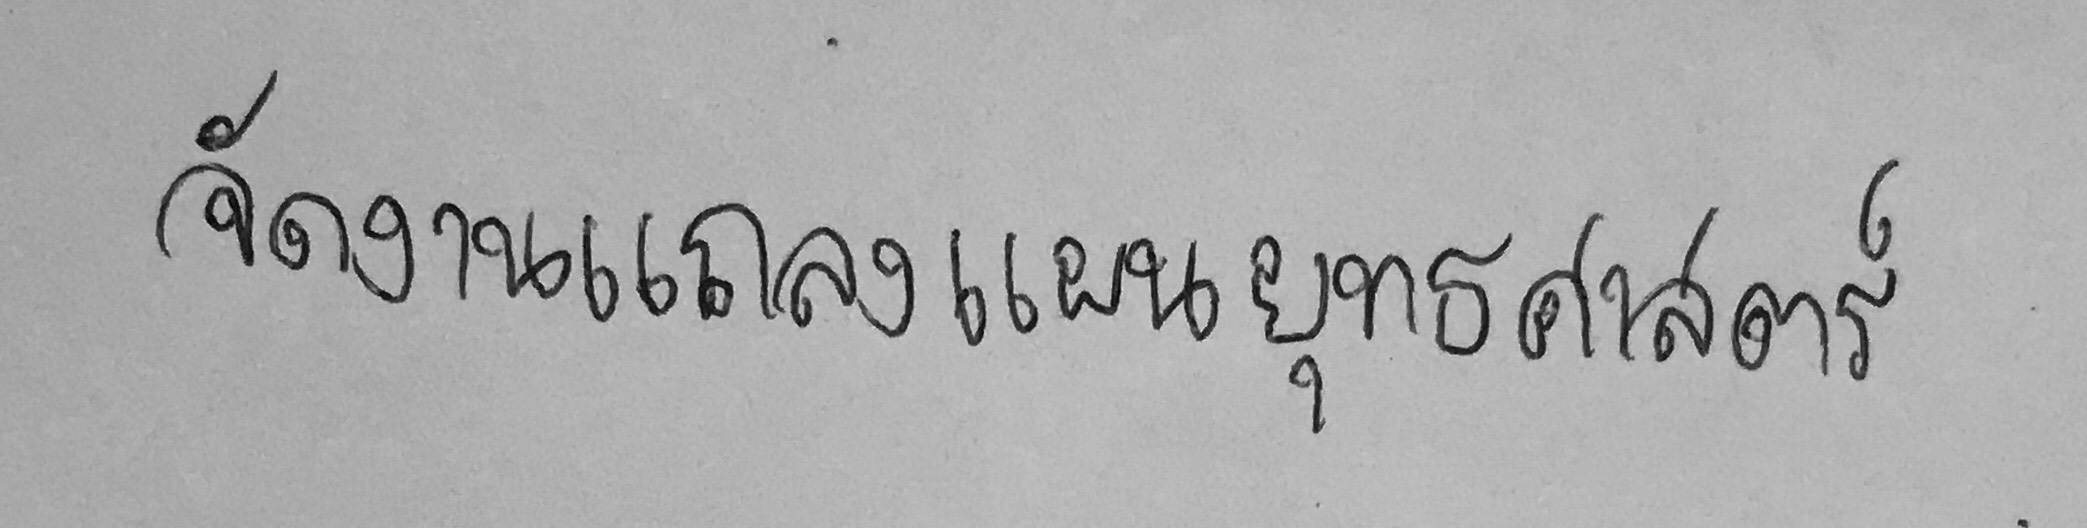
จัดงานแถลงแผนยุทธศาสตร์